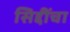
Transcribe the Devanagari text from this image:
सिद्दींचा